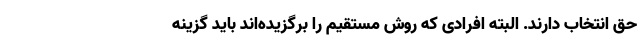
حق انتخاب دارند. البته افرادی که روش مستقیم را برگزیده‌اند باید گزینه